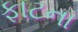
ફાટના